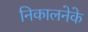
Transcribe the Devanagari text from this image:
निकालनेके